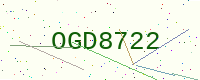
Text: OGD8722